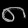
Digit: ၈